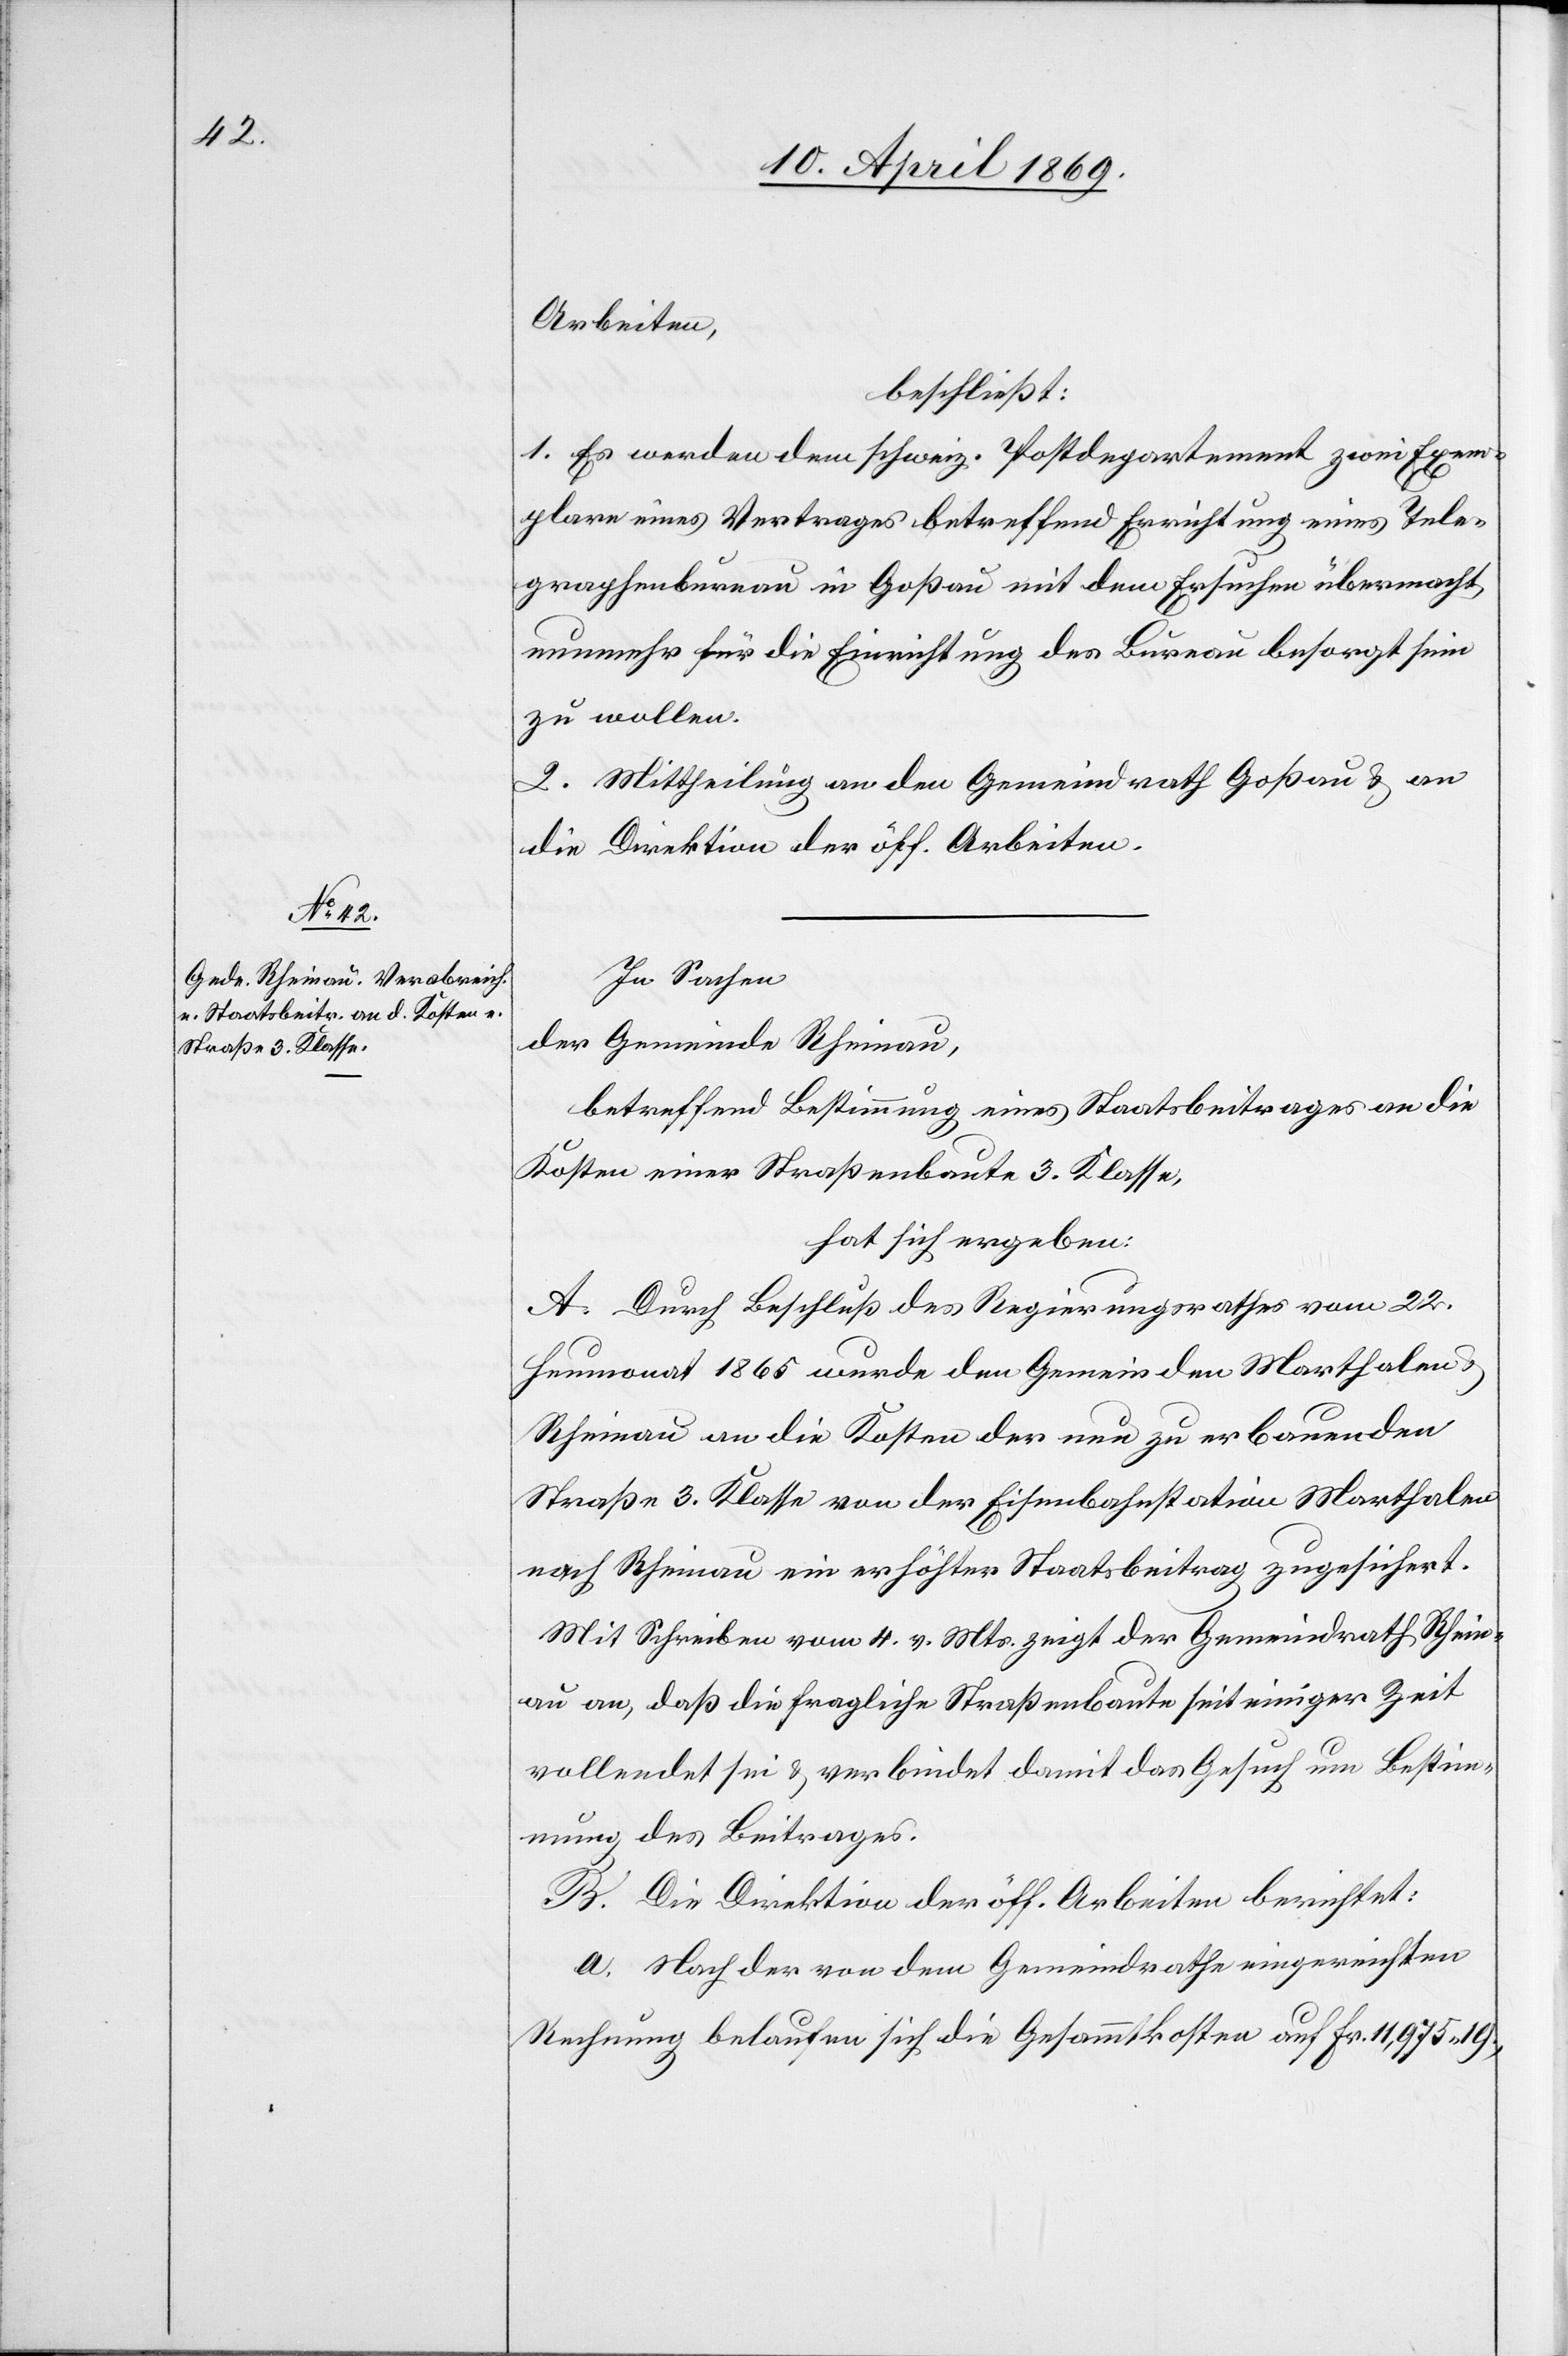
Arbeiten,
beschließt:
1. Es werden dem schweiz. Postdepartement zwei Exem¬
plare eines Vertrages betreffend Errichtung eines Tele¬
graphenbureau in Goßau mit dem Ersuchen übermacht
nunmehr für die Einrichtung des Bureau besorgt sein
zu wollen.
2. Mittheilung an den Gemeindrath Goßau u. an
die Direktion der öff. Arbeiten.
In Sachen
der Gemeinde Rheinau,
betreffend Bestimmung eines Staatsbeitrages an die
Kosten einer Straßenbaute 3 Klasse,
hat sich ergeben:
A. Durch Beschluß des Regierungsrathes vom 22.
Heumonat 1865 wurde den Gemeinden Marthalen
Rheinau an die Kosten der neu zu erbauenden
Straße 3. Klasse von der Eisenbahnstation Marthalen
nach Rheinau ein erhöhter Staatsbeitrag zugesichert.
Mit Schreiben vom 4. v. Mts. zeigt der Gemeindrath Rhein¬
au an, daß die fragliche Straßenbaute seit einiger Zeit
vollendet sei u. verbindet damit das Gesuch um Bestimm¬
ung des Beitrages.
B. Die Direktion der öff. Arbeiten berichtet:
a. Nach der von dem Gemeindrathe eingereichten
Rechnung belaufen sich die Gesammtkosten auf Fr. 11,975 19.,